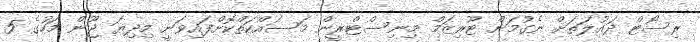
ރިސޯޓް ދައުލަތަށް ނެގުމަށް ޓޫރިޒަމް މިނިސްޓްރީން މަސައްކަތްކޮށްފައިވަނީ މިދިޔަ ޖޫން މަހުގެ 5